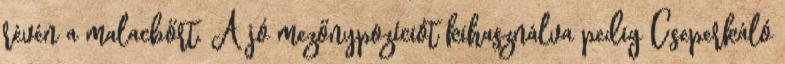
révén a malacbőrt. A jó mezőnypozíciót kihasználva pedig Cseperkáló